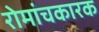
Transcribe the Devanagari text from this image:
रोमांचकारक